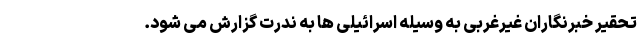
تحقیر خبرنگاران غیرغربی به وسیله اسرائیلی ها به ندرت گزارش می شود.